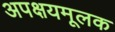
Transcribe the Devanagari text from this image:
अपक्षयमूलक